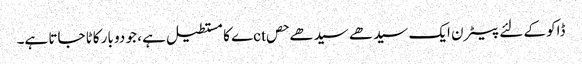
ڈاکو کے لئے پیٹرن ایک سیدھے سیدھے حصctے کا مستطیل ہے ، جو دو بار کاٹا جاتا ہے۔